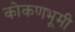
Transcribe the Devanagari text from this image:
कोकणभूमी